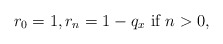
\begin{align*}r_0=1, r_n=1-q_x \mbox{ if } n>0,\end{align*}